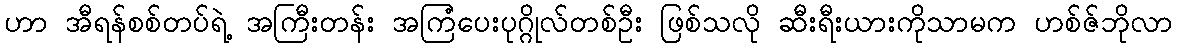
ဟာ အီရန်စစ်တပ်ရဲ့ အကြီးတန်း အကြံပေးပုဂ္ဂိုလ်တစ်ဦး ဖြစ်သလို ဆီးရီးယားကိုသာမက ဟစ်ဇ်ဘိုလာ